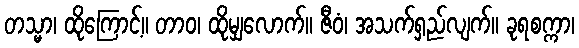
တသ္မာ၊ ထိုကြောင့်။ တာဝ၊ ထိုမျှလောက်။ ဇီဝံ၊ အသက်ရှည်လျက်။ ခုရစက္ကာ၊